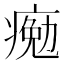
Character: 𤸩